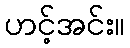
ဟင့်အင်း။